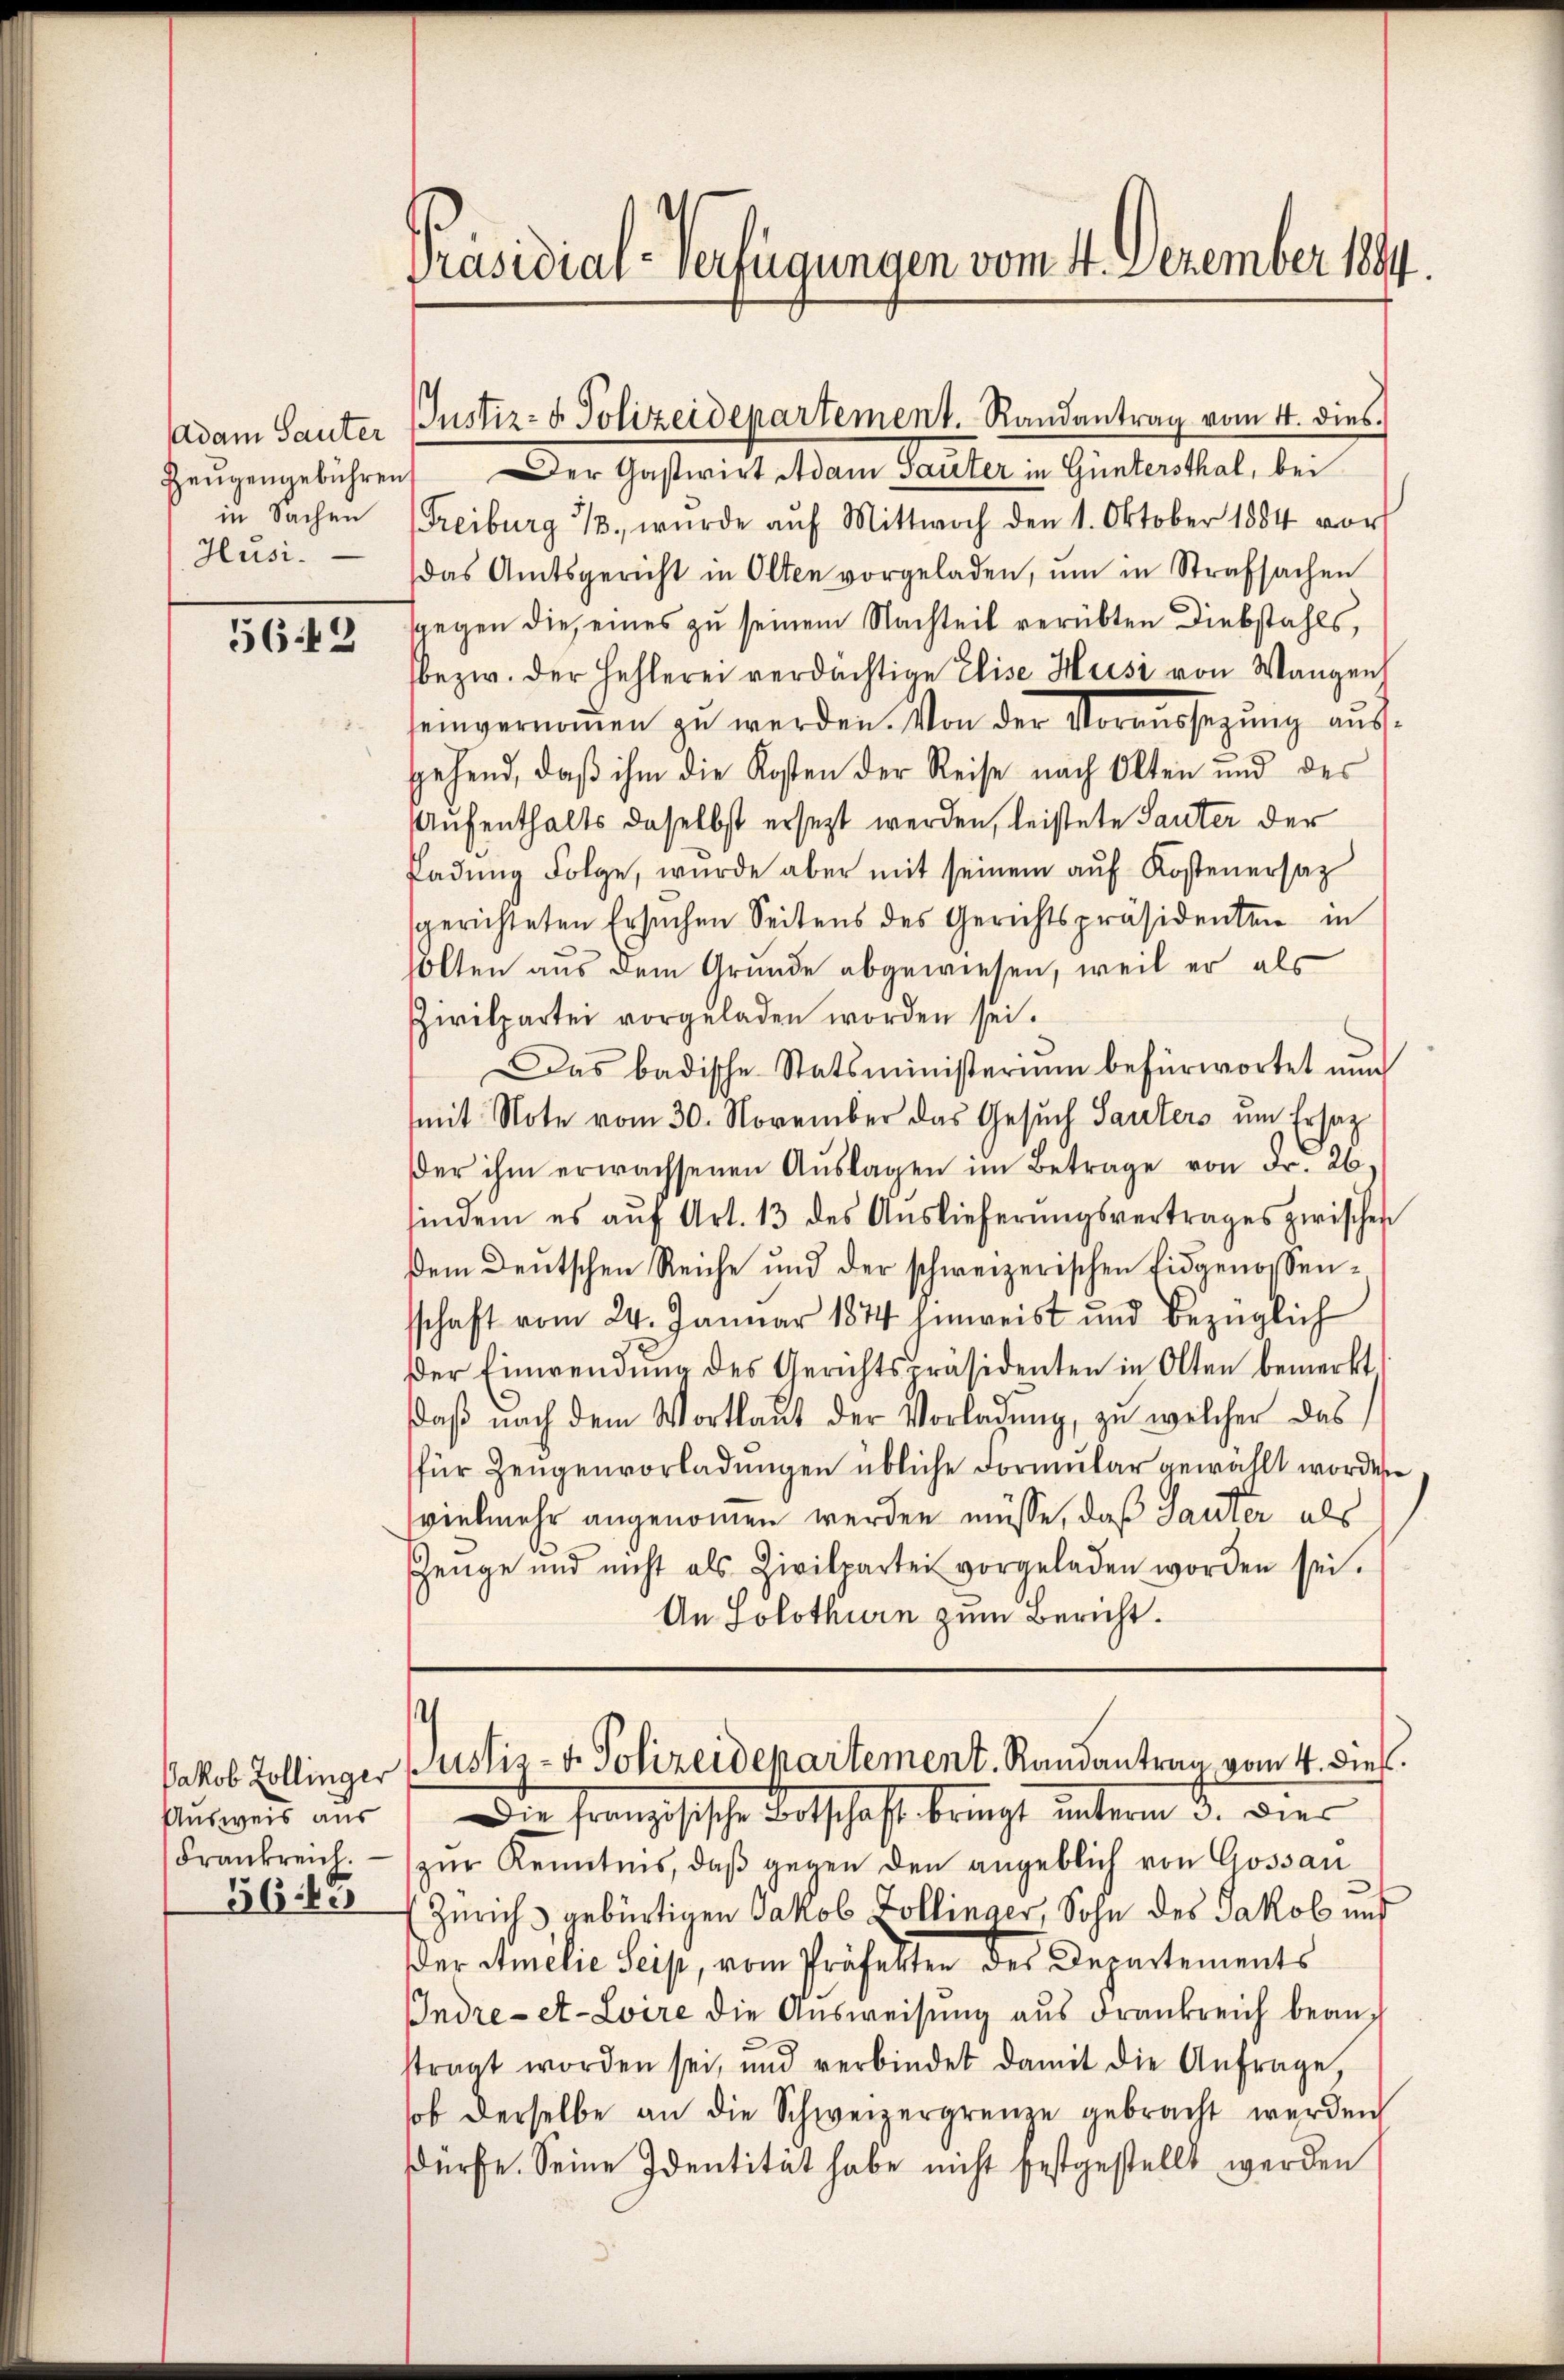
Adam Sauter
Zeugengebühren
in Sachen
Husi¬

562

Jakob Zollinger
Ausweis aus
Frankreich.
365

Präsidial-Verfügungen vom 4. Dezember 1894.

Der Gastwirt Adam Sauter in Guntersthal, bei
Treiburg 13. wurde aŭf Mittwoch den 1. Oktober 1884 vor
das Amtsgericht in Olten vorgeladen, ŭm in Strafsachen
sgegen die eines zu seinem Nachteil verübten Diebstahls,
bezw. der Hehlerei verdächtige Elise Heisi von Wangen
eingernommen zu werden. Von der Voraussezung ausgehend, daß ihm die Kosten der Reise nach Olten und des
Aufenthalts daselbst ersezt werden, leistete Sauter der
Padung Folge, wurde aber mit seinem auf Kostenersatz
sgerichteten Ersuchen Seitens des Gerichtspräsidenten in
solten aus dem Grunde abgewiesen, weil er als
Zwilpartei vorgeladen worden sei.
Das badische Statsministerium befürwortet nun
(mit Note vom 30. November das Gesuch Sauters um Ersatz
der ihm erwachsenen Aŭslagen im Betrage von Fr. 26.
sindem es aŭf Art. 13 des Aŭslieferŭngsvertrages zwischen
dem Deutschen Reiche und der schweizerischen Eidgenossen-
schaft vom 24. Januar 1844 hinweist und bezüglich
der Einwendŭng des Gerichtspräsidenten in Olten bemerkt
daβ nach dem Wortlaut der Vorladŭng, zu welcher das
für Zeugenvorladungen übliche Formular gewählt worden
vielmehr angenommen werden müsse, daß Sauter als
Zeuge und nicht als Zivilpartei vorgeladen worden sei.
An Solothurn zum Bericht.
¬
Justiz- & Polizeidepartement. Randantrag vom 4. dieß.
Die französische Botschaft bringt unterm 3. Dies
zur Kenntnis, daß gegen den angeblich von Gossau
Zürich gebürtigen Jakob Zollinger, Sohn des Jakob und
der Amilie Seis, vom Präfelten des Departements
Indre - et-Loire die Ausweisung aus Frankreich beanstragt worden sei, und verbindet damit die Anfrage,
sol derselbe an die Schweizergrenze gebracht werden
dürfe. Seine Identität habe nicht festgestellt werden

Justiz- & Polizeidepartement. Randantrag vom 4. dies